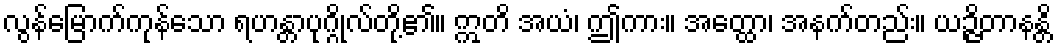
လွန်မြောက်ကုန်သော ရဟန္တာပုဂ္ဂိုလ်တို့၏။ ဣတိ အယံ၊ ဤကား။ အတ္ထော၊ အနက်တည်း။ ယဉ္ဇိတာနန္တိ